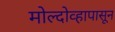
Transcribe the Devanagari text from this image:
मोल्दोव्हापासून